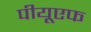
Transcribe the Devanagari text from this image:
पीयूएफ